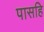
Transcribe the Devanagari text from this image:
पासहि